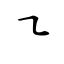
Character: ㇍